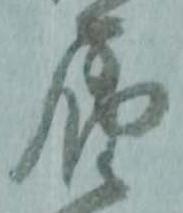
届